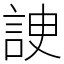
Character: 䛕